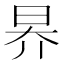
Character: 昦